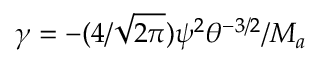
\gamma = - ( 4 / \sqrt { 2 \pi } ) { \psi } ^ { 2 } \theta ^ { - 3 / 2 } / M _ { a }